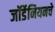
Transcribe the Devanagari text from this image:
जॉर्डेनियनचे